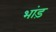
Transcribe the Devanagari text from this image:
भांड़